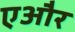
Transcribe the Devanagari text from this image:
एऔर